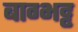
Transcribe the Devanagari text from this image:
बाग्भट्ट